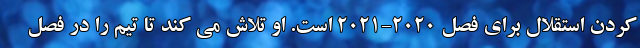
کردن استقلال برای فصل 2020-2021 است. او تلاش می کند تا تیم را در فصل